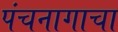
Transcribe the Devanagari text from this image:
पंचनागाचा